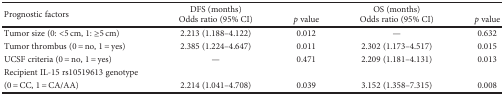
<table><thead><tr><td rowspan="2"><b>Prognostic factors</b></td><td><b>DFS (months)</b></td><td></td><td><b>OS (months)</b></td><td></td></tr><tr><td><b>Odds ratio (95% CI)</b></td><td><b><i>p</i> value</b></td><td><b>Odds ratio (95% CI)</b></td><td><b><i>p</i> value</b></td></tr></thead><tbody><tr><td>Tumor size (0: &lt;5 cm, 1: ≥5 cm)</td><td>2.213 (1.188–4.122)</td><td>0.012</td><td>—</td><td>0.632</td></tr><tr><td>Tumor thrombus (0 = no, 1 = yes)</td><td>2.385 (1.224–4.647)</td><td>0.011</td><td>2.302 (1.173–4.517)</td><td>0.015</td></tr><tr><td>UCSF criteria (0 = no, 1 = yes)</td><td>—</td><td>0.471</td><td>2.209 (1.181–4.131)</td><td>0.013</td></tr><tr><td>Recipient IL-15 rs10519613 genotype</td><td></td><td></td><td></td><td></td></tr><tr><td>(0 = CC, 1 = CA/AA)</td><td>2.214 (1.041–4.708)</td><td>0.039</td><td>3.152 (1.358–7.315)</td><td>0.008</td></tr></tbody></table>